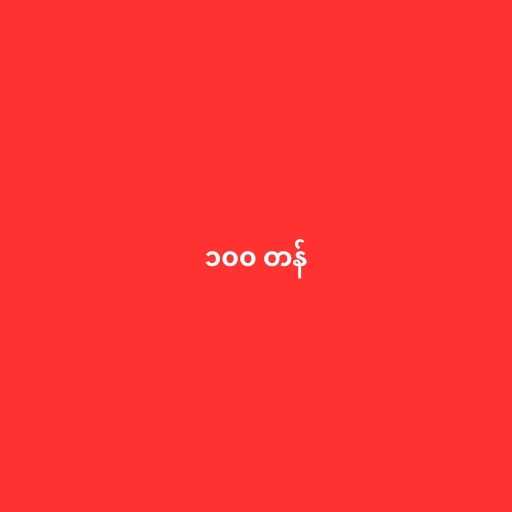
၁၀၀ တန်